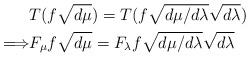
LaTeX: \begin{align*}&T(f\sqrt{d\mu}) = T(f \sqrt{d \mu/ d\lambda} \sqrt{d\lambda}) \\\Longrightarrow & F_\mu f\sqrt{d\mu} = F_\lambda f \sqrt{d \mu/ d\lambda} \sqrt{d\lambda} \end{align*}